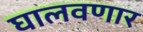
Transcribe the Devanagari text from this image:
घालवणार